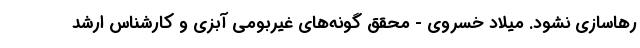
رهاسازی نشود. میلاد خسروی - محقق گونه‌های غیربومی آبزی و کارشناس ارشد